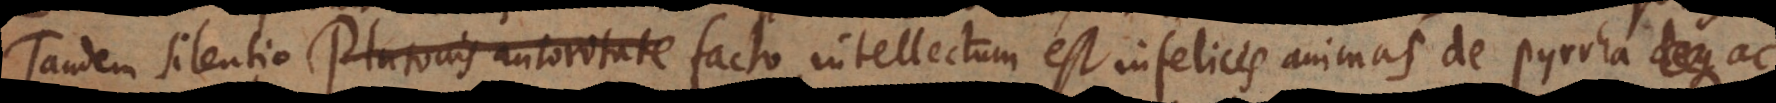
Tandem silentio Plutonis autoritate facto, intellectum est infelices animas de Pyrrha ac